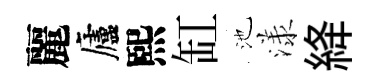
麗廬熙缸池漾絳